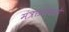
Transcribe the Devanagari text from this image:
मंत्राप्रामाणे